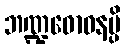
ဘဏ္ဍဓောဝနမ္ပိ